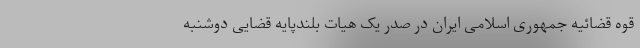
قوه قضائیه جمهوری اسلامی ایران در صدر یک هیات بلندپایه قضایی دوشنبه